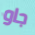
جاو